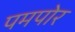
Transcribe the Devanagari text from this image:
पमपोर